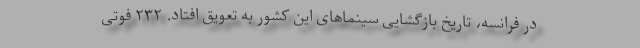
در فرانسه، تاریخ بازگشایی سینماهای این کشور به تعویق افتاد. ۲۳۲ فوتی